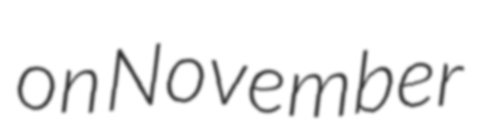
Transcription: on November